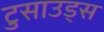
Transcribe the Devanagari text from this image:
टुसाउड्स